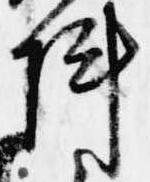
陣